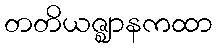
တတိယဇ္ဈာနကထာ